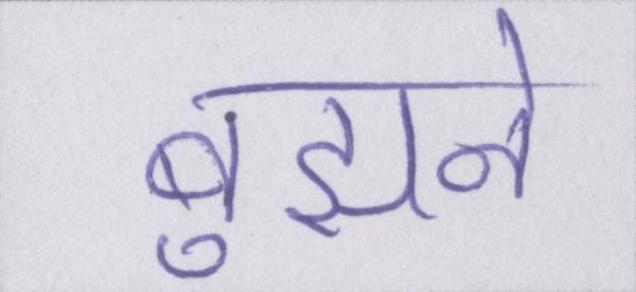
बुझने